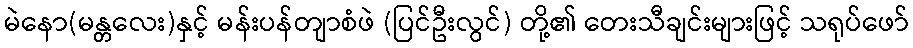
မဲနော(မန္တလေး)နှင့် မန်းပန်တျာစံဖဲ (ပြင်ဦးလွင်) တို့၏ တေးသီချင်းများဖြင့် သရုပ်ဖော်